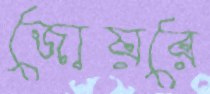
জোয়রে